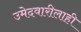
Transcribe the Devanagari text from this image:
उमेदवारीलाही